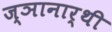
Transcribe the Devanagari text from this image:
ज्ञानार्थी